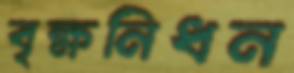
বৃক্ষনিধন